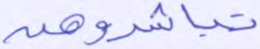
تباشروهن